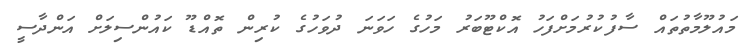
މައުލޫމާތުތައް ސާފުކުރުމަށްފަހު އޮކްޓޫބަރު މަހުގެ ހަވަނަ ދުވަހުގެ ކުރިން ތޮއްޑޫ ކައުންސިލަށް އަންދާސީ